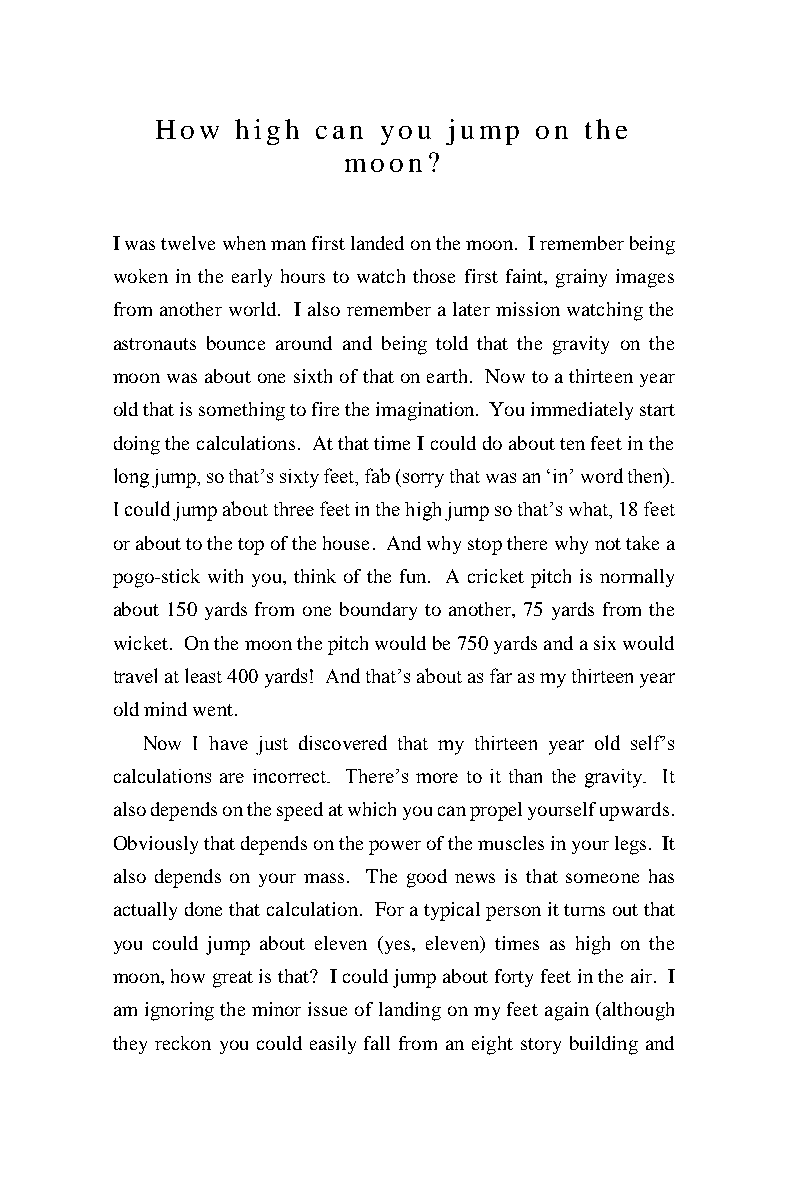
How   high can you  jump on  the
 moon?
 I was twelve when man first landed on the moon. I remember being
 woken in the early hours to watch those first faint, grainy images
 from another world. I also remember a later mission watching the
 astronauts bounce around and being told that the gravity on the
 moon was about one sixth of that on earth. Now to a thirteen year
 old that is something to fire the imagination. You immediately start
 doing the calculations. At that time I could do about ten feet in the
 long jump, so that’s sixty feet, fab (sorry that was an ‘in’ word then).
 I could jump about three feet in the high jump so that’s what, 18 feet
 or about to the top of the house. And why stop there why not take a
 pogo-stick with you, think of the fun. A cricket pitch is normally
 about 150 yards from one boundary to another, 75 yards from the
 wicket. On the moon the pitch would be 750 yards and a six would
 travel at least 400 yards! And that’s about as far as my thirteen year
 old mind went.
 Now I have just discovered that my thirteen year old self’s
 calculations are incorrect. There’s more to it than the gravity. It
 also depends on the speed at which you can propel yourself upwards.
 Obviously that depends on the power of the muscles in your legs. It
 also depends on your mass. The good news is that someone has
 actually done that calculation. For a typical person it turns out that
 you could jump about eleven (yes, eleven) times as high on the
 moon, how great is that? I could jump about forty feet in the air. I
 am ignoring the minor issue of landing on my feet again (although
 they reckon you could easily fall from an eight story building and